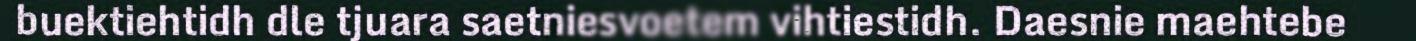
buektiehtidh dle tjuara saetniesvoetem vihtiestidh. Daesnie maehtebe